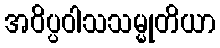
အဝိပ္ပဝါသသမ္မုတိယာ